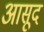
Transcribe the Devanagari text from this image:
आसूद